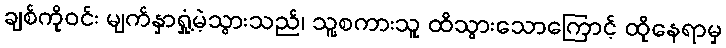
ချစ်ကိုဝင်း မျက်နှာရှုံ့မဲ့သွားသည်၊ သူ့စကားသူ ထိသွားသောကြောင့် ထိုနေရာမှ